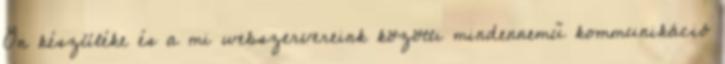
Ön készüléke és a mi webszervereink közötti mindennemű kommunikáció